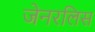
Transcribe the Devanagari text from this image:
जेनरलिस